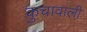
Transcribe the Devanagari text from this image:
कुचावाली